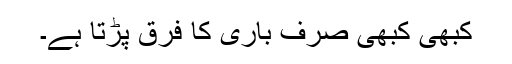
کبھی کبھی صرف باری کا فرق پڑتا ہے۔